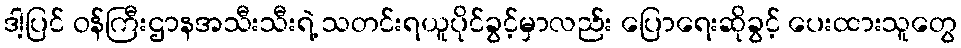
ဒါ့ပြင် ဝန်ကြီးဌာနအသီးသီးရဲ့ သတင်းရယူပိုင်ခွင့်မှာလည်း ပြောရေးဆိုခွင့် ပေးထားသူတွေ